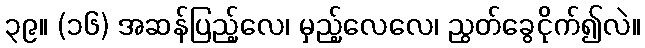
၃၉။ (၁၆) အဆန်ပြည့်လေ၊ မှည့်လေလေ၊ ညွတ်ခွေငိုက်၍လဲ။